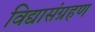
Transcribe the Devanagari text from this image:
विद्यासंग्रहण